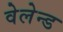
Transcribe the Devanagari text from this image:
वेलेन्ड